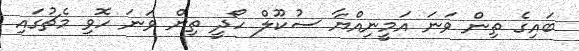
ބައިގެ ތިން ވަނަ އަމީނިއްޔާ ސުކޫލް ހޯދީ ތިން ވަނަ ހޮވި މެޗުގައި